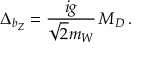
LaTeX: \Delta _ { b _ { Z } } = \frac { i g } { \sqrt { 2 } m _ { W } } \, M _ { D } \, .